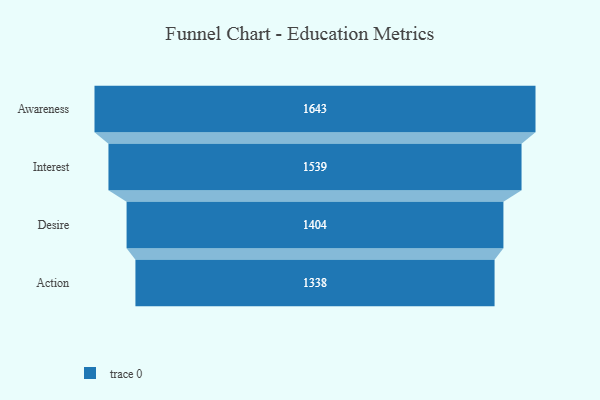
{"axis": {"x": "Stage", "y": "Value"}, "legend": [""], "data": [{"x": "Awareness", "y": 1643.0, "type": ""}, {"x": "Interest", "y": 1539.0, "type": ""}, {"x": "Desire", "y": 1404.0, "type": ""}, {"x": "Action", "y": 1338.0, "type": ""}]}